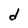
Character: d